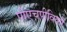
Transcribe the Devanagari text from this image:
पीएचपीविकी